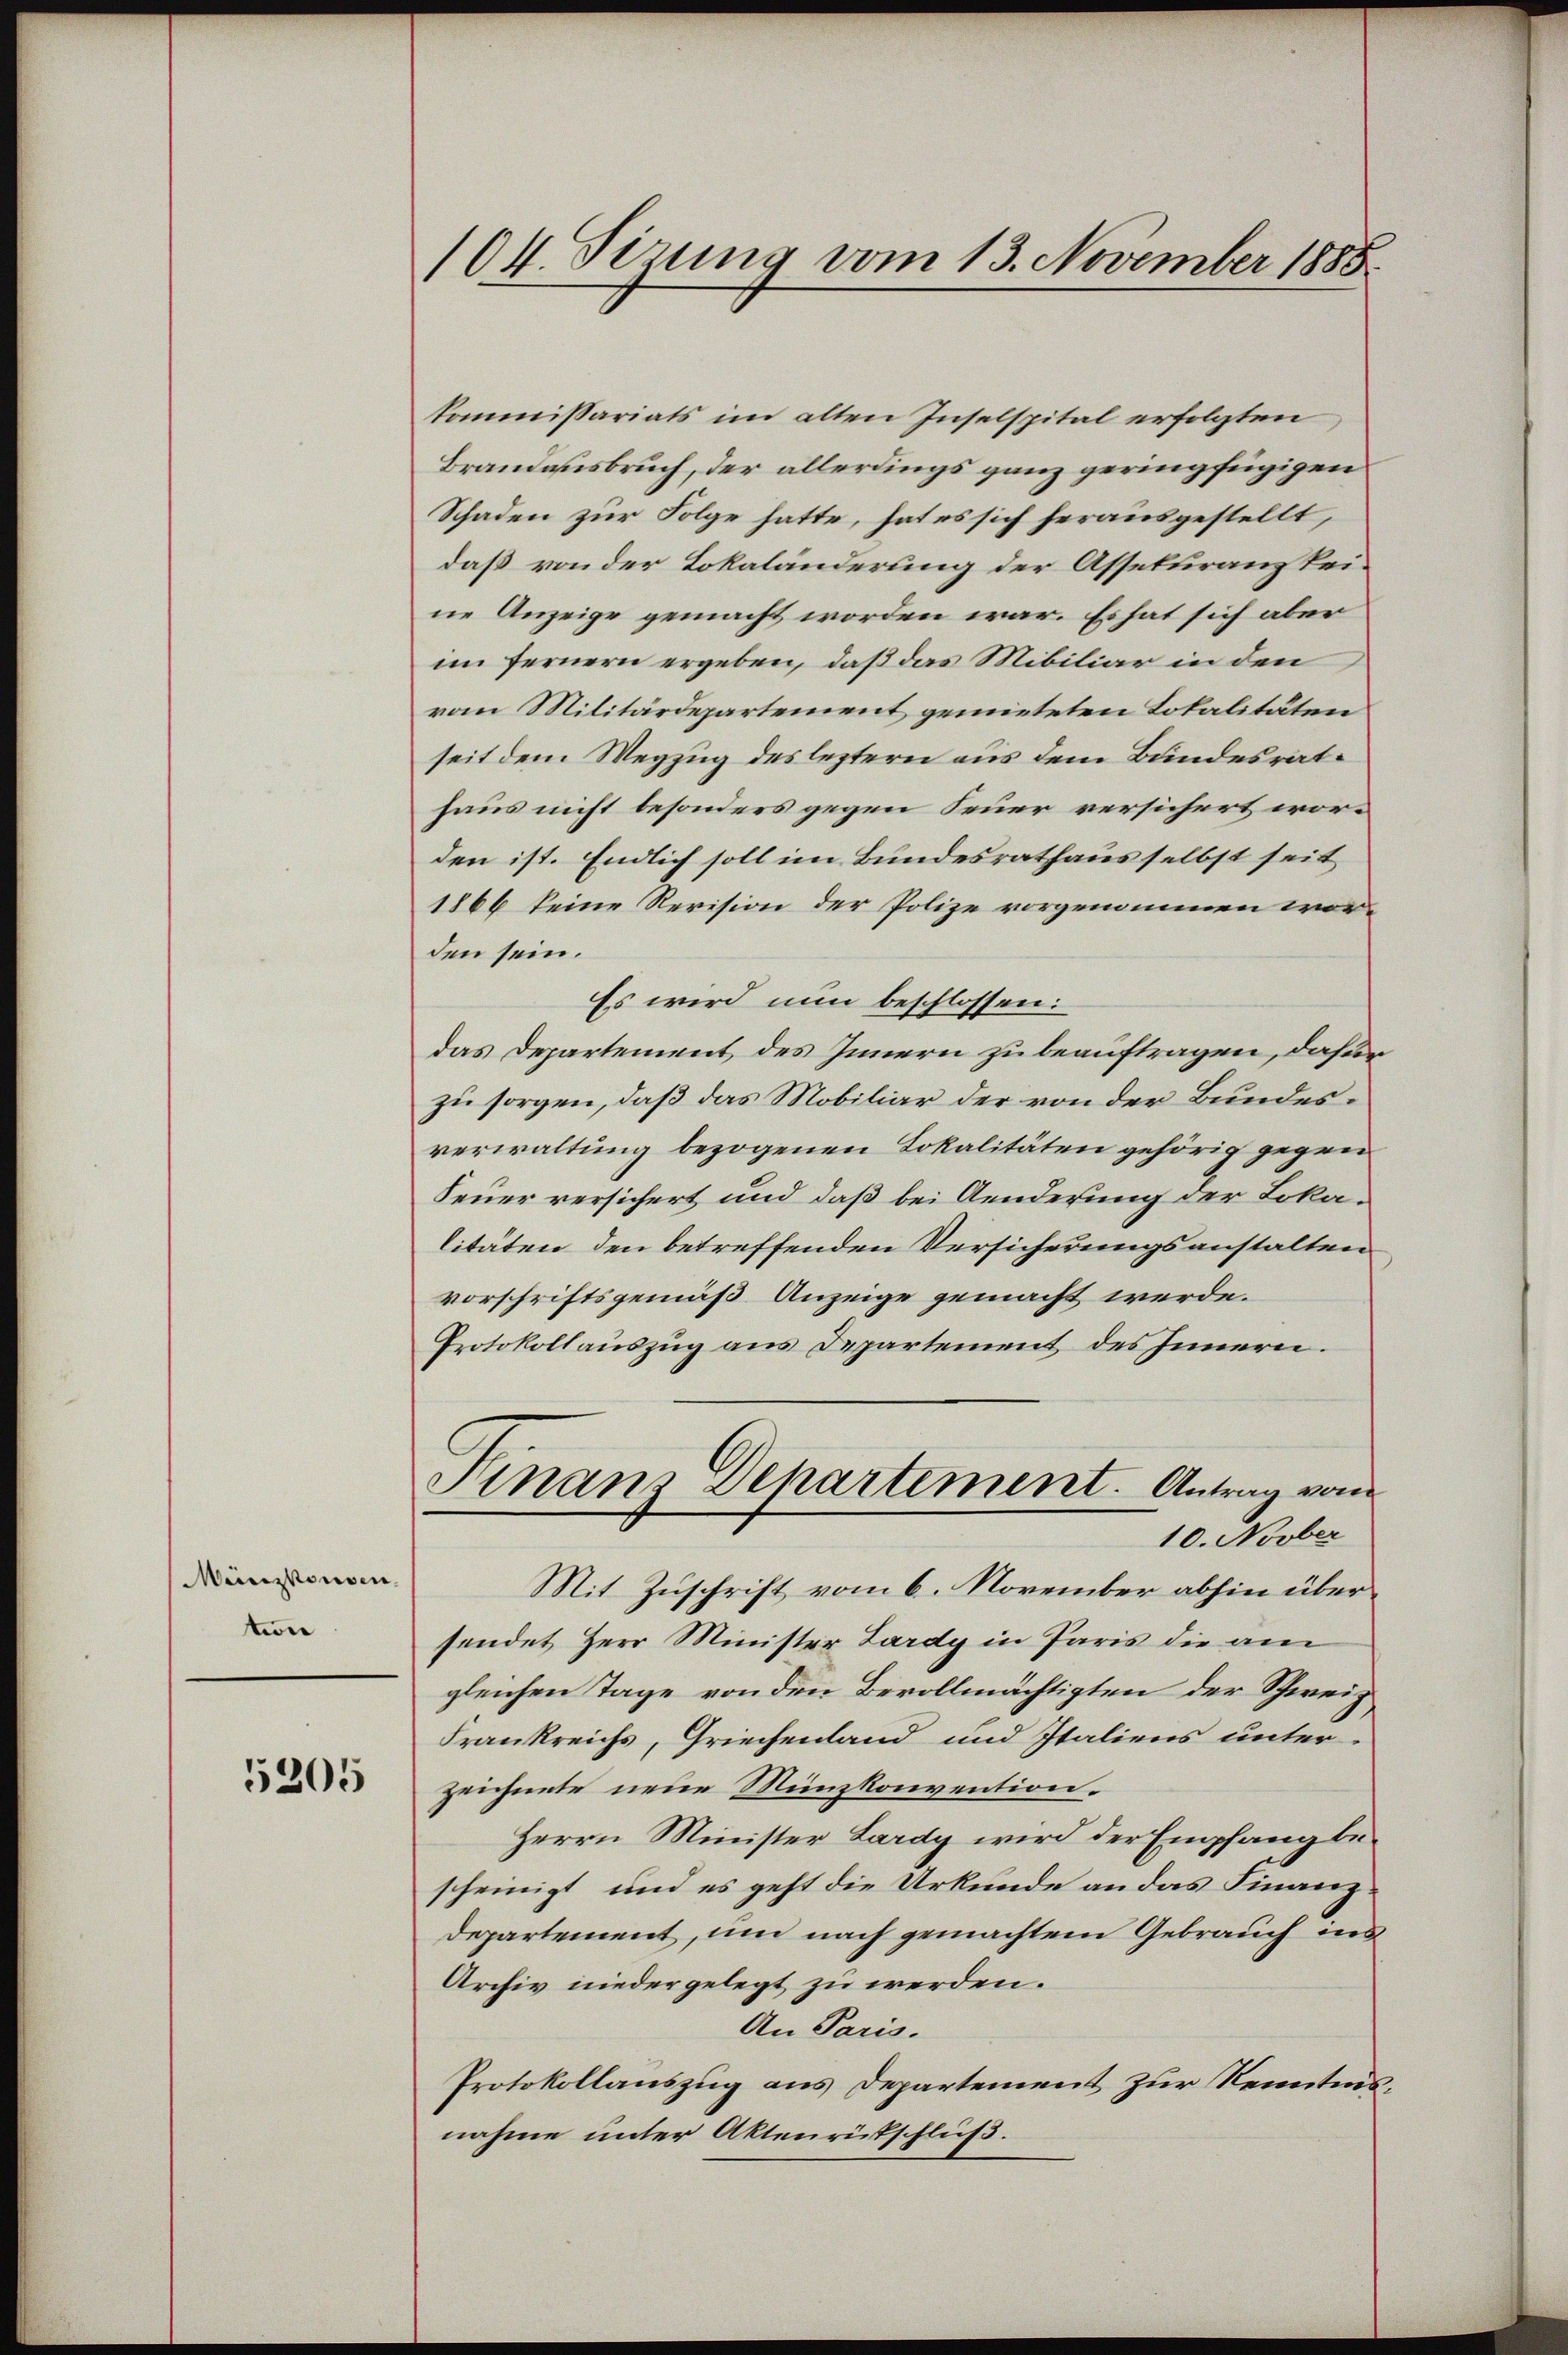
Münzkonsen,
tun

5205

104 Sirung vom 13. November 1888

kommissariats im alten Inselspital erfolgten
Brandausbruch, der allerdings ganz geringfügigen
Schaden zur Folge hatte, hat es sich herausgestellt,
daß von der Lokaländerung der Assekuranz keine Anzeige gemacht worden war. Es hat sich aber
im fernern ergeben, daß das Mibiliar in den
vom Militärdepartement gemieteten Totalitäten
seit dem Wegzug des leztern aus dem Bundesrathaus nicht besonders gegen Feuer versichert worden ist. Endlich soll im Bundesrathaus selbst seit
1866 keine Revision der Polize vorgenommen worden sein.
Es wird nun beschlossen:
das Departement des Innern zu beauftragen, dafür
zu sorgen, daß das Mobiliar der von der Bundesverwaltung bezogenen Lokalitäten gehörig gegen
Feuer versichert und daß bei Aenderung der Lokalitäten den betreffenden Versicherungsanstalten
vorschriftsgemäß Anzeige gemacht werde.
Protokollauszug aus Departement des Innern.
Finanz Departement. Antrag vom
10. Novber
Mit Zuschrift vom 6. November abhin übersendet Herr Minister Lardy in Paris die am
gleichen Tage von den Bevollmächtigten der Schweiz
Frankreichs, Griechenland und Italiens unter-
zeichnete neue Münzkonvention.
Herrn Minister Lardy wird der Empfang bescheinigt, und es geht die Urkunde an das Finanz¬
Departement, um nach gemachtem Gebrauch ins
Archiv niedergelegt zu werden.
An Paris.
Protokollauszug aus Departement zur Kenntnis
nahme unter Aktenrütschluß.